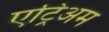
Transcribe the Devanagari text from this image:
एट्रिअम